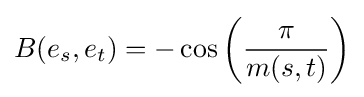
B(e_{s},e_{t})=-\cos \left({\frac {\pi }{m(s,t)}}\right)